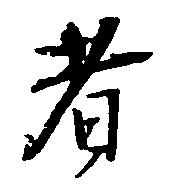
者